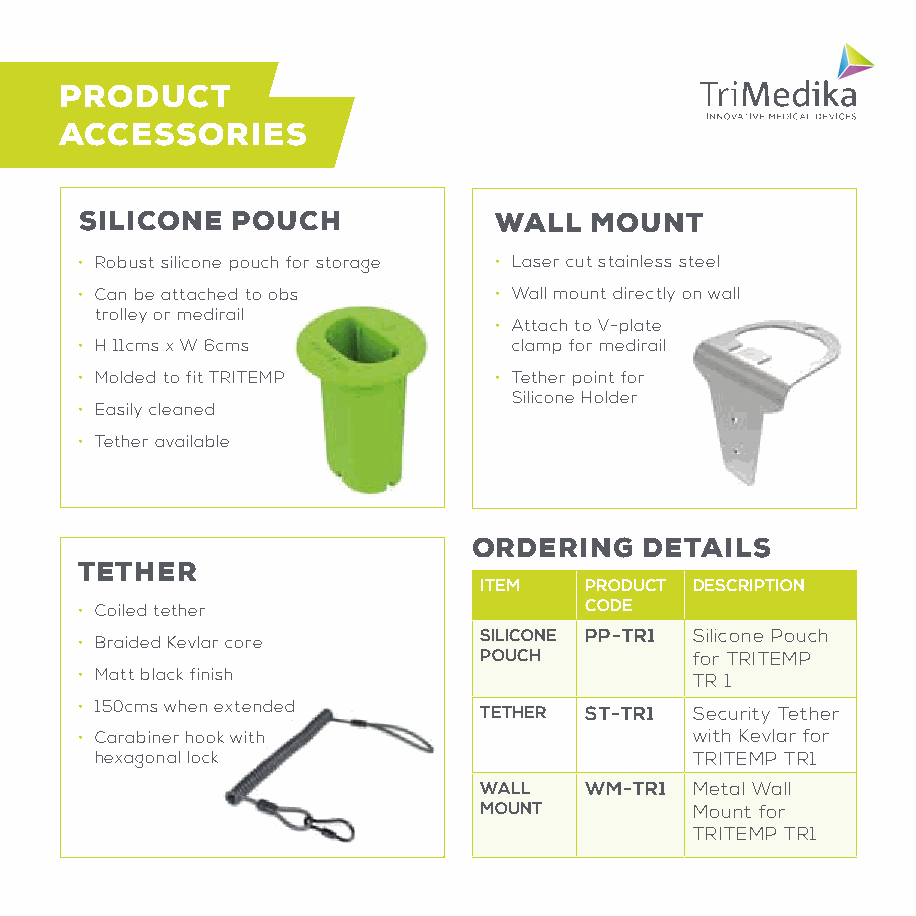
PRODUCT
 ACCESSORIES
 SILICONE  POUCH             WALL  MOUNT
 • Robust silicone pouch for storage • Laser cut stainless steel
 • Can be attached to obs    • Wall mount directly on wall
 trolley or medirail
 • Attach to V-plate
 • H 11cms x W 6cms           clamp for medirail
 • Molded to fit TRITEMP     • Tether point for
 Silicone Holder
 • Easily cleaned
 • Tether available
 ORDERING    DETAILS
 TETHER
 ITEM   PRODUCT DESCRIPTION
 • Coiled tether                   CODE
 SILICONE PP-TR1 Silicone Pouch
 • Braided Kevlar core
 POUCH         for TRITEMP
 • Matt black finish                      TR 1
 • 150cms when extended     TETHER ST-TR1 Security Tether
 • Carabiner hook with                    with Kevlar for
 hexagonal lock                          TRITEMP TR1
 WALL   WM-TR1 Metal Wall
 MOUNT         Mount for
 TRITEMP TR1